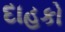
દાહકો